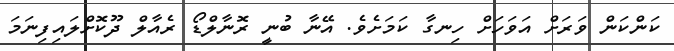
ކަންކަން ވަރަށް އަވަހަށް ހިނގާ ކަމަށެވެ. އޭނާ ބުނީ ރޮނާލްޑޯ ރެއާލް ދޫކޮށްލައިފިނަމަ